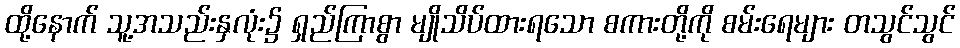
ထို့နောက် သူ့အသည်းနှလုံး၌ ရှည်ကြာစွာ မျိုသိပ်ထားရသော စကားတို့ကို စမ်းရေများ တသွင်သွင်